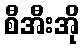
စီအီးအို